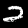
Digit: 2